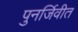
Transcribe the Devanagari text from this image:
पुनर्जिवीत